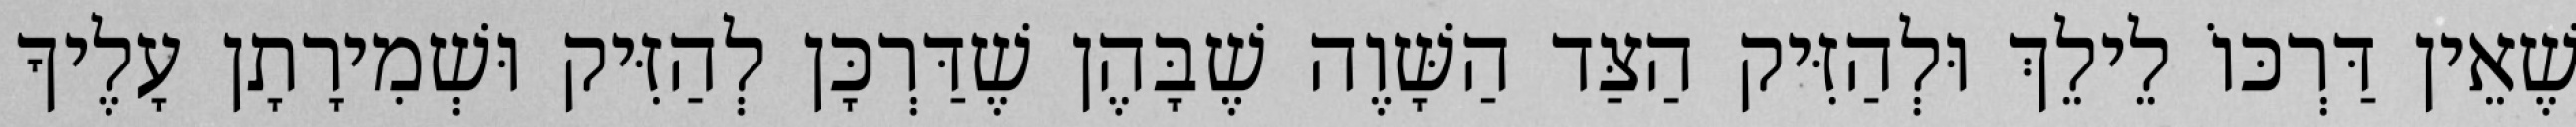
שֶׁאֵין דַּרְכּוֹ לֵילֵךְ וּלְהַזִּיק הַצַּד הַשָּׁוֶה שֶׁבָּהֶן שֶׁדַּרְכָּן לְהַזִּיק וּשְׁמִירָתָן עָלֶיךָ